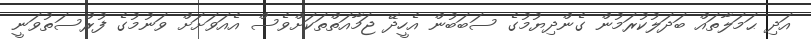
އަދި ޙަމަލާތައް ބަދަލުކުރަމުން ގެންދިޔުމުގެ ސަބަބުން އެހީދޭ ޖަމާއަތްތަކަށްވެސް އެއަވަށަށް ވަނުމުގެ ފުރްސަތުވަނީ